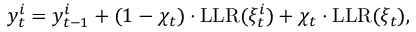
y _ { t } ^ { i } = y _ { t - 1 } ^ { i } + ( 1 - \chi _ { t } ) \cdot \mathrm { L L R } ( \xi _ { t } ^ { i } ) + \chi _ { t } \cdot \mathrm { L L R } ( \xi _ { t } ) ,